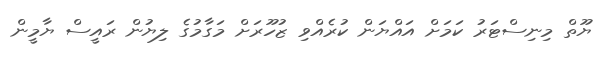
ޔޫތް މިނިސްޓަރު ކަމަށް އައްޔަން ކުރެއްވި ޒުހޫރަށް މަގާމުގެ ލިޔުން ރައީސް ޔާމީން